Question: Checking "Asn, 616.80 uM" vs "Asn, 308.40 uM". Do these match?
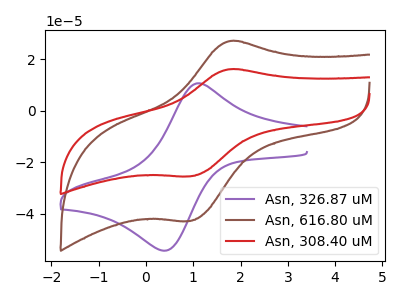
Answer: <think>The purple curve "Asn, 326.87 uM" has an anodic peak at (1.10V, 10.65uA) and a cathodic peak at (0.45V, -54.25uA). The brown curve "Asn, 616.80 uM" has an anodic peak at (1.80V, 27.10uA) and a cathodic peak at (0.90V, -42.90uA). The red curve "Asn, 308.40 uM" has an anodic peak at (1.80V, 16.10uA) and a cathodic peak at (0.90V, -25.50uA).
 All the peaks in "Asn, 616.80 uM" have a peak in "Asn, 308.40 uM" at the same potential. Every peak in "Asn, 616.80 uM" is higher than every peak in "Asn, 308.40 uM".</think>
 <answer>"Asn, 616.80 uM" and "Asn, 308.40 uM" are similar in shape.</answer>
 <eval>same_shape</eval>